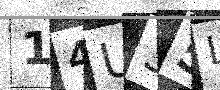
Text: 14U35L